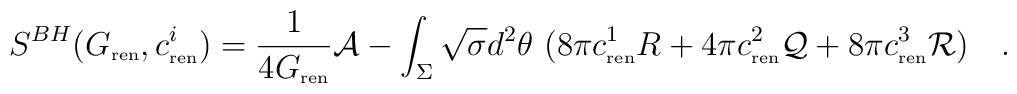
S^{BH}(G_{\tiny\mbox{ren}},c^i_{\tiny\mbox{ren}})={1 \over 4 G_{\tiny\mbox{ren}}}{\cal A}-\int_{\Sigma}\sqrt{\sigma}d^2\theta~(8\pi c^1_{\tiny\mbox{ren}} R+4\pi c^2_{\tiny\mbox{ren}} {\cal Q}+ 8\pi c^3_{\tiny\mbox{ren}} {\cal R})~~~.